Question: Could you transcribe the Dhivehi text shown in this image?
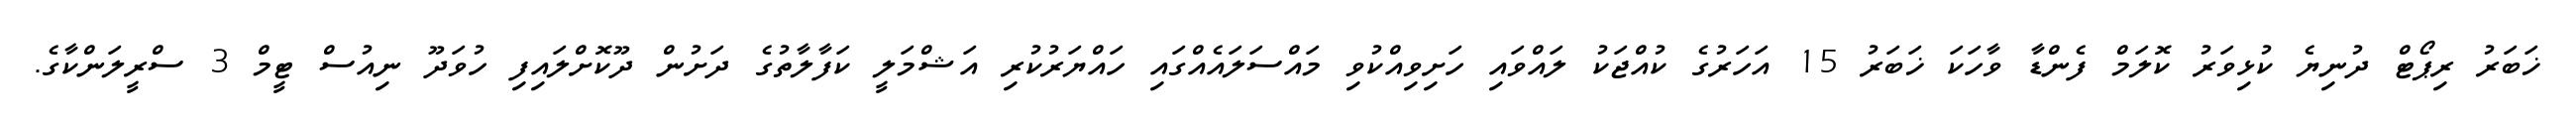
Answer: ޚަބަރު ރިޕޯޓް ދުނިޔެ ކުޅިވަރު ކޮލަމް ފެންޑާ ވާހަކަ ޚަބަރު 15 އަހަރުގެ ކުއްޖަކު ލައްވައި ހަށިވިއްކުވި މައްސަލައެއްގައި ހައްޔަރުކުރި އަޝްމަލީ ކަފާލާތުގެ ދަށުން ދޫކޮށްލައިފި ހުވަދޫ ނިއުސް ޓީމް 3 ސްރީލަންކާގެ.